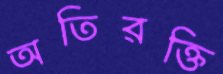
অতিরক্তি